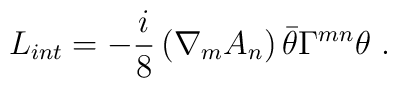
L_{int} = -\frac{i}{8} \left({\nabla}_{m} {A_n} \right) \bar{\theta} {\Gamma}^{mn} {\theta}\ .